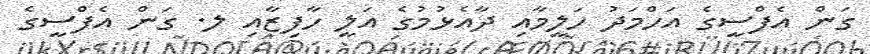
ގަން އެފްސީގެ އަހްމަދު ހަލީމާއި ދާއެޅުމުގެ އަލީ ހާފިޒާއި ލ. ގަން އެފްސީގެ